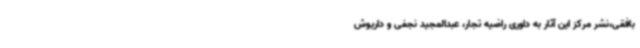
بافقی،نشر مرکز این آثار به داوری راضیه تجار، عبدالمجید نجفی و داریوش